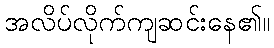
အလိပ်လိုက်ကျဆင်းနေ၏။